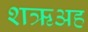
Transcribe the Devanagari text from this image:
शऋअह